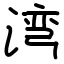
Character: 湾